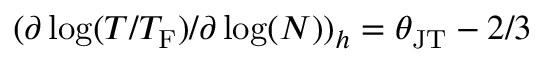
( \partial \log ( T / T _ { \mathrm { F } } ) / \partial \log ( N ) ) _ { h } = \theta _ { \mathrm { J T } } - 2 / 3